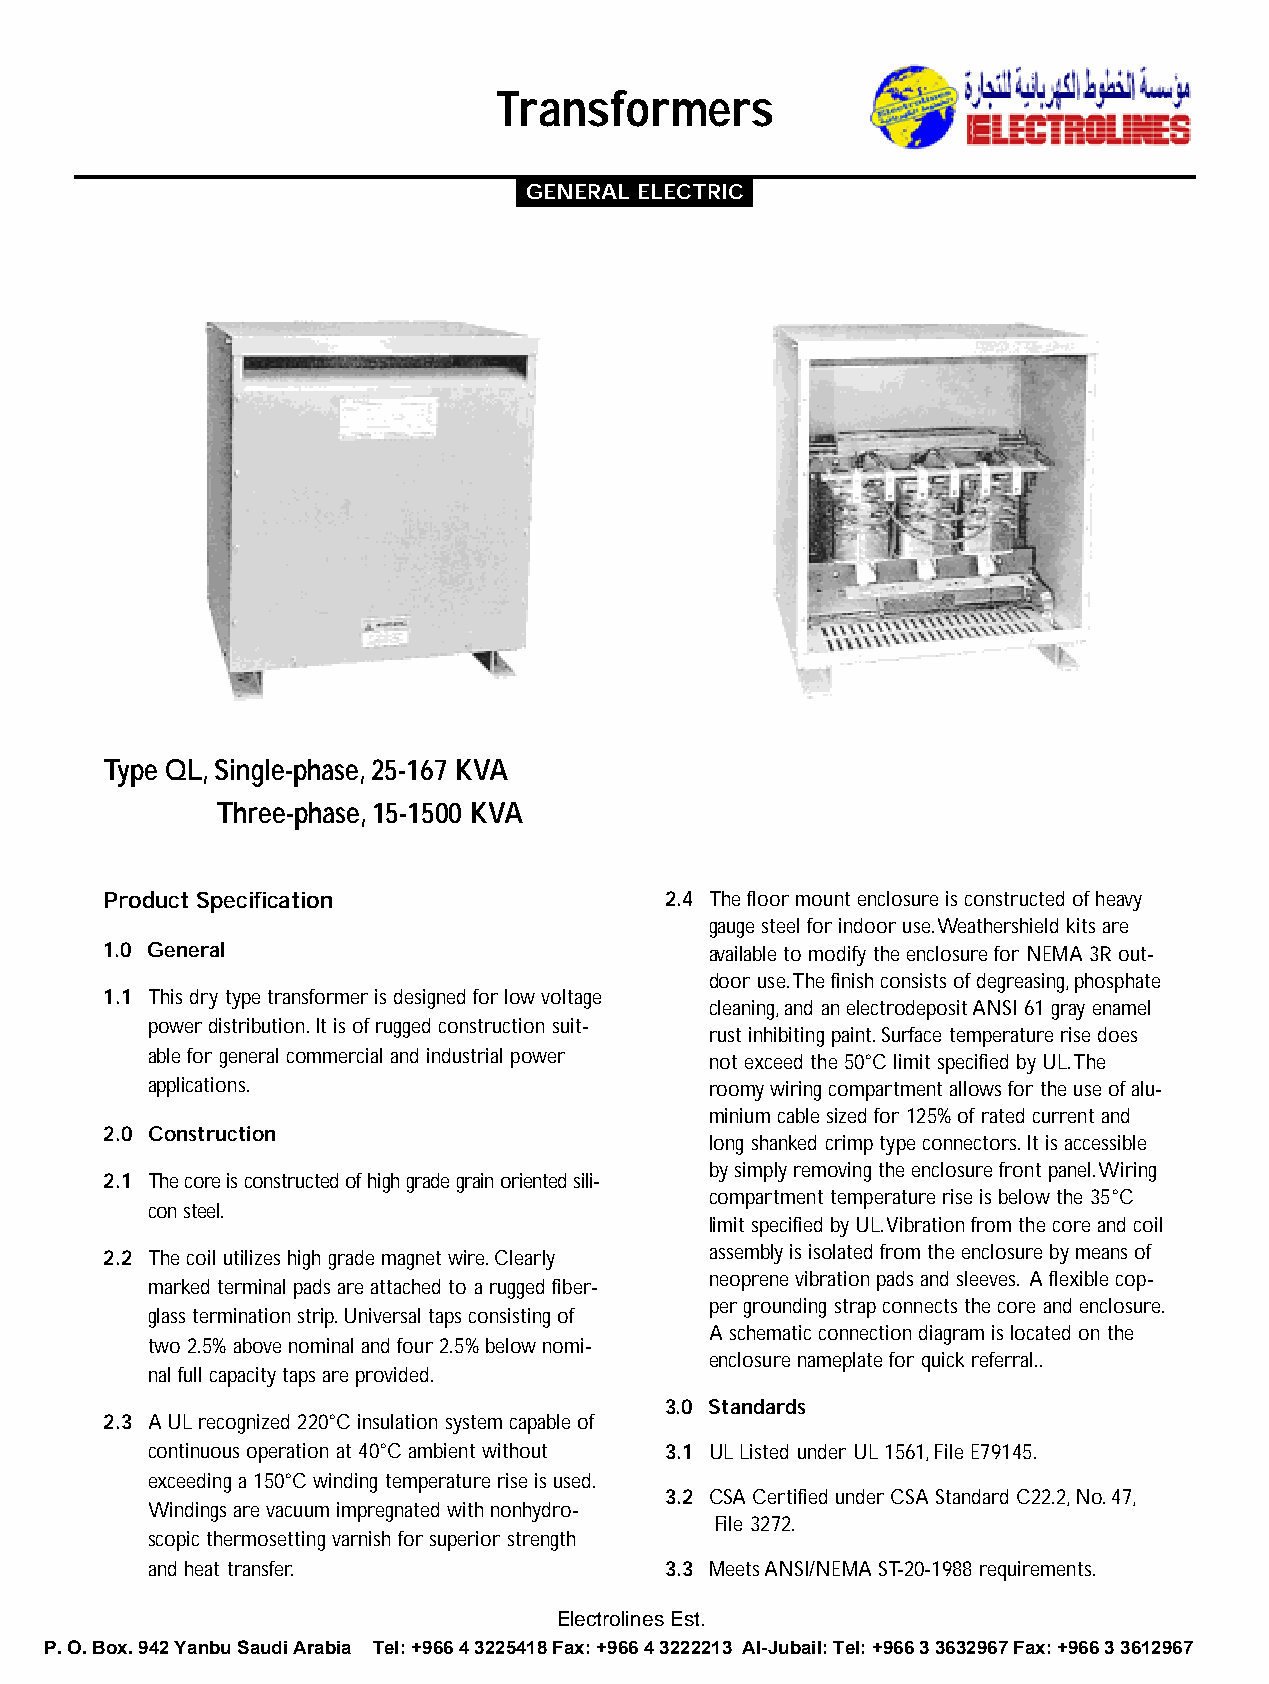
Transformers
 GENERAL ELECTRIC
 Type QL,Single-phase,25-167 KVA
 Three-phase,15-1500 KVA
 Product Specification                2.4 The floor mount enclosure is constructed of heavy
 gauge steel for indoor use.Weathershield kits are
 1.0 General                             available to modify the enclosure for NEMA 3R out-
 door use.The finish consists of degreasing,phosphate
 1.1 This dry type transformer is designed for low voltage
 cleaning,and an electrodeposit ANSI 61 gray enamel
 power distribution.It is of rugged construction suit-
 rust inhibiting paint.Surface temperature rise does
 able for general commercial and industrial power
 not exceed the 50°C limit specified by UL.The
 applications.                        roomy wiring compartment allows for the use of alu-
 minium cable sized for 125% of rated current and
 2.0 Construction
 long shanked crimp type connectors.It is accessible
 by simply removing the enclosure front panel.Wiring
 2.1 The core is constructed of high grade grain oriented sili-
 compartment temperature rise is below the 35°C
 con steel.
 limit specified by UL.Vibration from the core and coil
 2.2 The coil utilizes high grade magnet wire.Clearly assembly is isolated from the enclosure by means of
 neoprene vibration pads and sleeves. A flexible cop-
 marked terminal pads are attached to a rugged fiber-
 per grounding strap connects the core and enclosure.
 glass termination strip.Universal taps consisting of
 A schematic connection diagram is located on the
 two 2.5% above nominal and four 2.5% below nomi-
 enclosure nameplate for quick referral..
 nal full capacity taps are provided.
 3.0 Standards
 2.3 A UL recognized 220°C insulation system capable of
 continuous operation at 40°C ambient without 3.1 UL Listed under UL 1561,File E79145.
 exceeding a 150°C winding temperature rise is used.
 3.2 CSA Certified under CSA Standard C22.2,No.47,
 Windings are vacuum impregnated with nonhydro-
 File 3272.
 scopic thermosetting varnish for superior strength
 and heat transfer.                3.3 Meets ANSI/NEMA ST-20-1988 requirements.
 Electrolines Est.
 P. O. Box. 942 Yanbu Saudi Arabia Tel: +966 4 3225418 Fax: +966 4 3222213 Al-Jubail: Tel: +966 3 3632967 Fax: +966 3 3612967